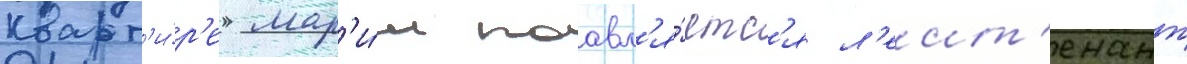
кварт'и́р'е мар'и́и поавл'я́етс'я л'еит'енант